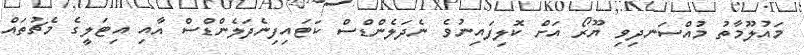
މައުލޫމާތު މުއްސަނދިވި ޔޫރޯ އަށް ކޮލިފައިނުވެ ނެދަލެންޑްސް ކަޓައިފިނެދަލެންޑްސް އާއި އިޓަލީގެ މެޗުތައް